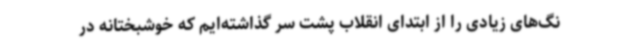
نگ‌های زیادی را از ابتدای انقلاب پشت سر گذاشته‌ایم که خوشبختانه در